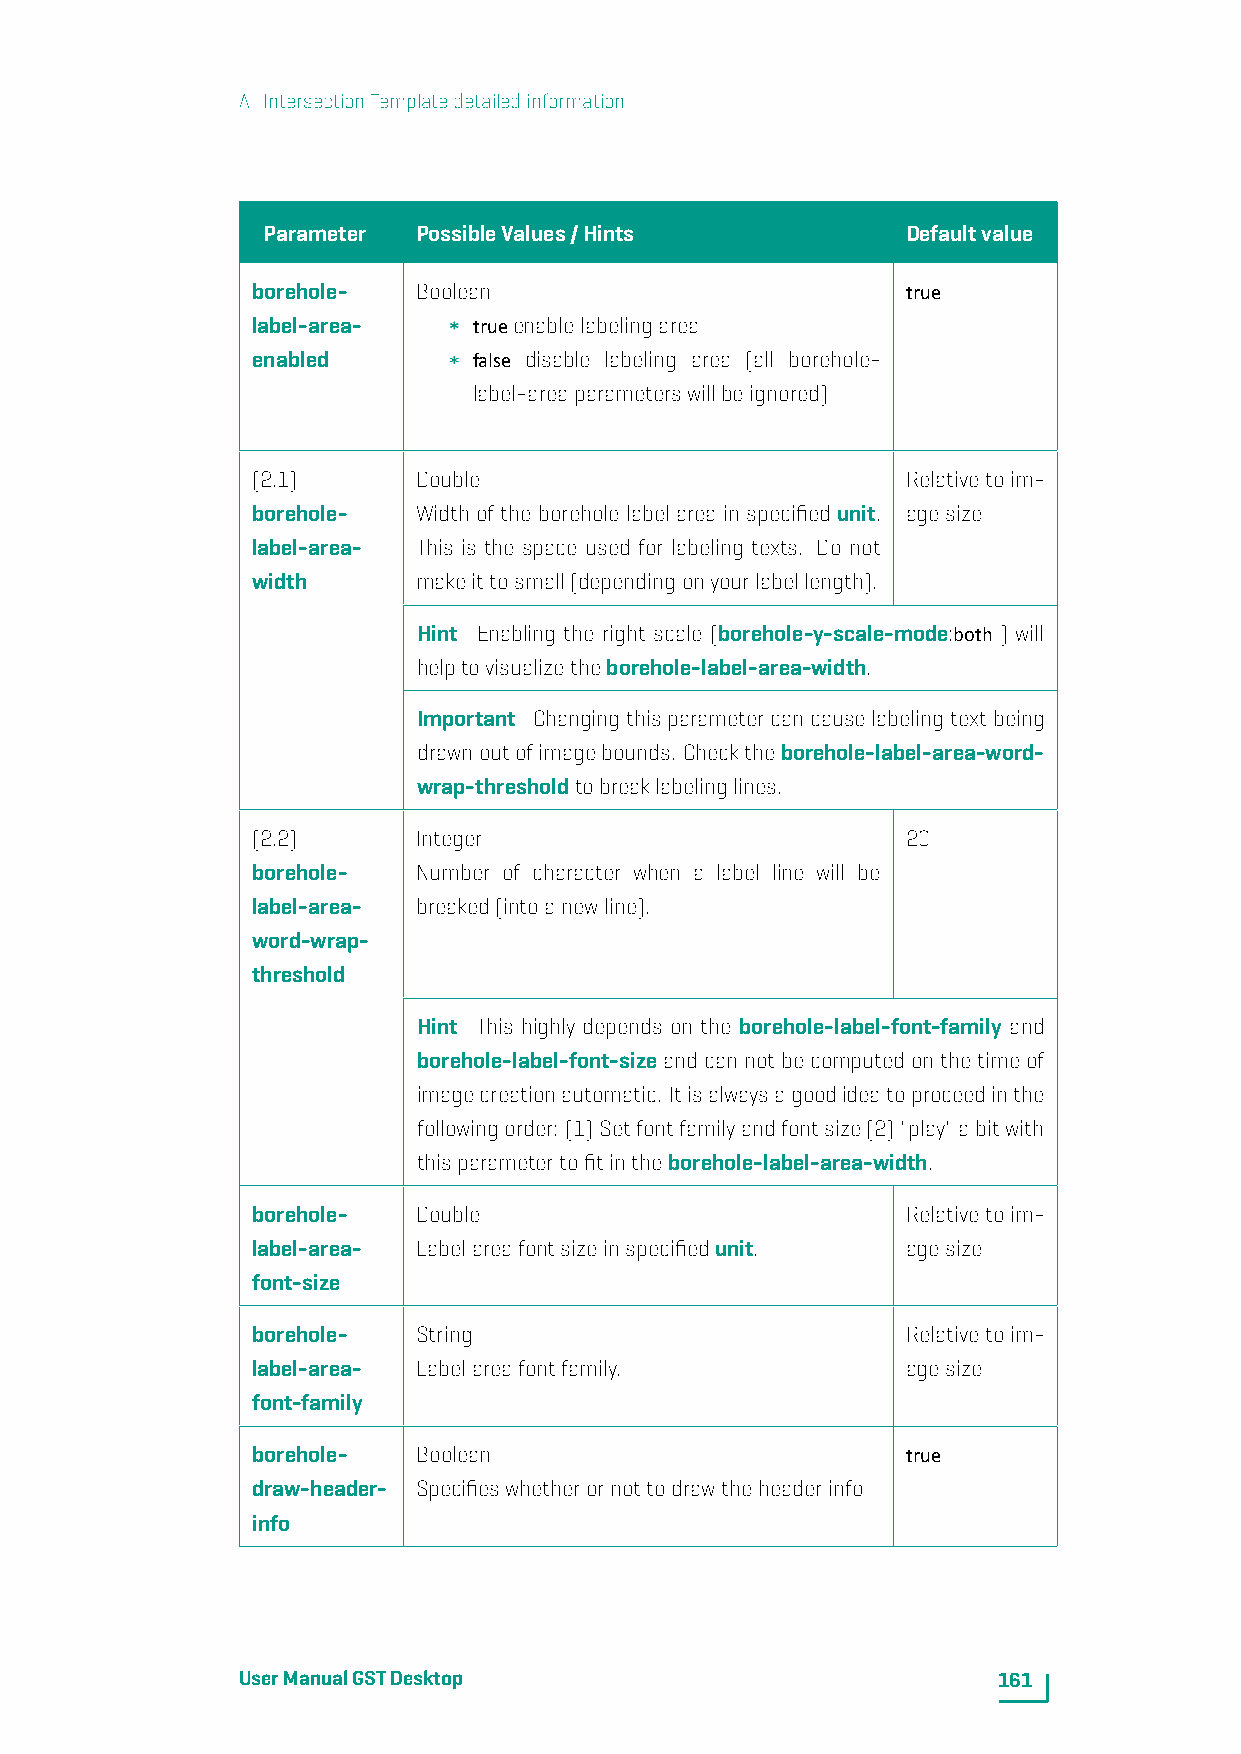
A. IntersectionTemplatedetailedinformation
 Parameter  PossibleValues/Hints            Defaultvalue
 borehole-  Boolean                         true
 label-area-   trueenablelabelingarea
 enabled       false disable labeling area (all borehole-
 label-areaparameterswillbeignored)
 (2.1)      Double                          Relativetoim-
 borehole-  Width of the borehole label area in specified unit. agesize
 label-area- This is the space used for labeling texts. Do not
 width      makeittosmall(dependingonyourlabellength).
 Hint Enabling the right scale (borehole-y-scale-mode:both ) will
 helptovisualizetheborehole-label-area-width.
 Important Changingthisparametercancauselabelingtextbeing
 drawnoutofimagebounds. Checktheborehole-label-area-word-
 wrap-thresholdtobreaklabelinglines.
 (2.2)      Integer                         20
 borehole-  Number of character when a label line will be
 label-area- breaked(intoanewline).
 word-wrap-
 threshold
 Hint This highly depends on the borehole-label-font-family and
 borehole-label-font-sizeandcannotbecomputedonthetimeof
 imagecreationautomatic. Itisalwaysagoodideatoproceedinthe
 followingorder: (1)Setfontfamilyandfontsize(2)"play"abitwith
 thisparametertofitintheborehole-label-area-width.
 borehole-  Double                          Relativetoim-
 label-area- Labelareafontsizeinspecifiedunit. agesize
 font-size
 borehole-  String                          Relativetoim-
 label-area- Labelareafontfamily.           agesize
 font-family
 borehole-  Boolean                         true
 draw-header- Specifieswhetherornottodrawtheheaderinfo
 info
 UserManualGSTDesktop                              161